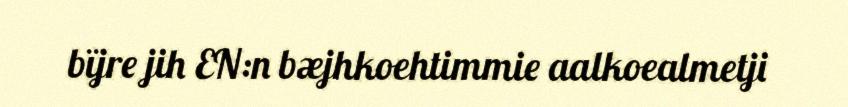
bïjre jih EN:n bæjhkoehtimmie aalkoealmetji